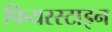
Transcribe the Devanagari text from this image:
फियरस्टाइन